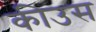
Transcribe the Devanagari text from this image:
कीउस